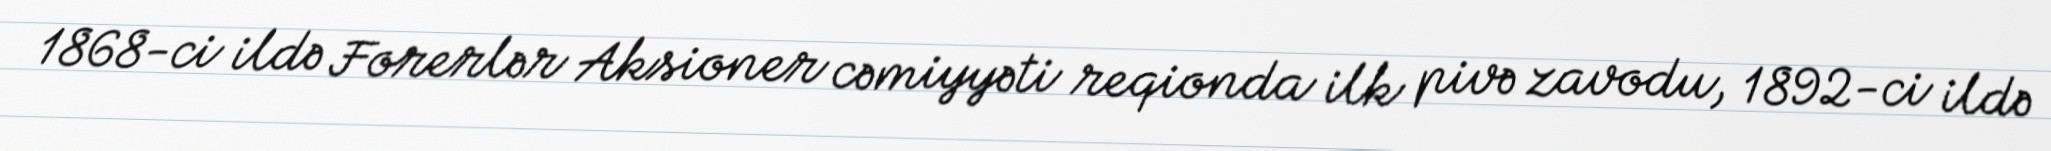
1868-ci ildə Forerlər Aksioner cəmiyyəti reqionda ilk pivə zavodu, 1892-ci ildə